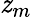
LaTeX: \mathit{z}_{m}